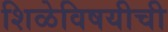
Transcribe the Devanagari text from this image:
शिळेविषयीची